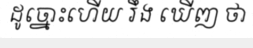
ដូច្នោះហើយ រឹង ឃើញ ថា